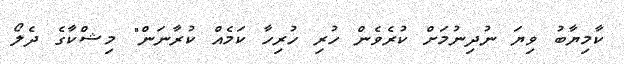
ކާމިޔާބު ވިޔަ ނުދިނުމަށް ކުރެވެން ހުރި ހުރިހާ ކަމެއް ކުރާނަން" މިޝްކާގެ ދެލޯ